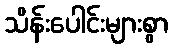
သိန်းပေါင်းများစွာ